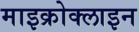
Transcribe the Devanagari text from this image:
माइक्रोक्लाइन